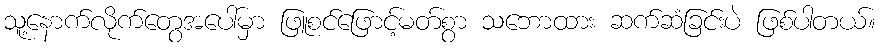
သူ့နောက်လိုက်တွေအပေါ်မှာ ဖြူစင်ဖြောင့်မတ်စွာ သဘောထား ဆက်ဆံခြင်းပဲ ဖြစ်ပါတယ်။